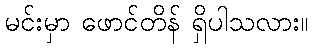
မင်းမှာ ဖောင်တိန် ရှိပါသလား။